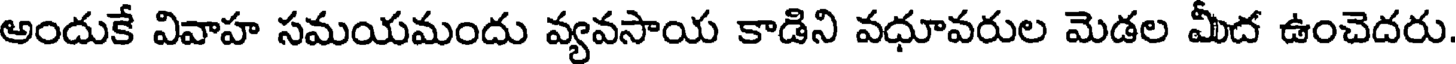
అందుకే వివాహ సమయమందు వ్యవసాయ కాడిని వధూవరుల మెడల మీద ఉంచెదరు